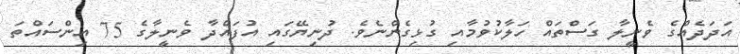
އަދަދެއްގެ ވެނީލާ ގަސްތައް ހަލާކުވުމާއި ގުޅިގެންނެވެ. ދުނިޔޭގައި އުފައްދާ ވެނީލާގެ 75 އިންސައްތަ